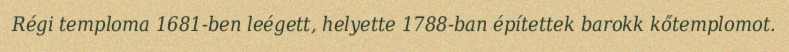
Régi temploma 1681-ben leégett, helyette 1788-ban építettek barokk kőtemplomot.